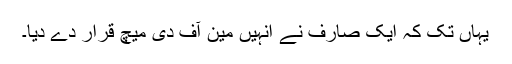
یہاں تک کہ ایک صارف نے انہیں مین آف دی میچ قرار دے دیا۔